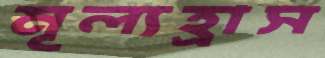
মূল্যহ্রাস